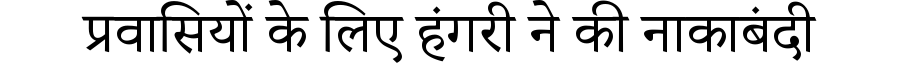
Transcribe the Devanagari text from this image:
प्रवासियों के लिए हंगरी ने की नाकाबंदी